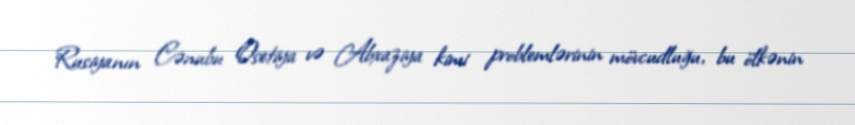
Rusiyanın Cənubu Osetiya və Abxaziya kimi problemlərinin mövcudluğu, bu ölkənin